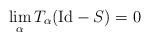
LaTeX: \begin{align*} \lim_\alpha T_\alpha(\mathrm{Id}-S) = 0\end{align*}